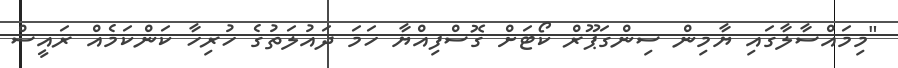
"މިމައްސާލާގައި ޔާމިން ސިންގަޕޫރް ކޯޓަށް ގޮސްފިއްޔާ ހަމަ ދައުލަތުގެ ހުރިހާ ކަންކަމެއް ރައީސް